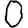
Digit: 0